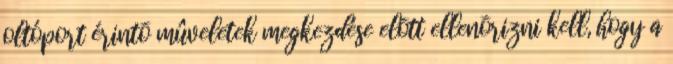
oltóport érintõ mûveletek megkezdése elõtt ellenõrizni kell, hogy a